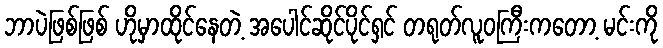
ဘာပဲဖြစ်ဖြစ် ဟိုမှာထိုင်နေတဲ့ အပေါင်ဆိုင်ပိုင်ရှင် တရုတ်လူဝကြီးကတော့ မင်းကို